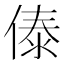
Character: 傣